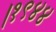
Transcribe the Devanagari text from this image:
।१९४४